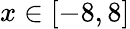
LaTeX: x\in[-8,8]